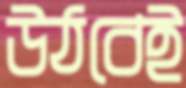
উঠবেই